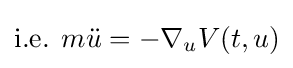
{\mbox{i.e. }}m{\ddot {u}}=-\nabla _{u}V(t,u)